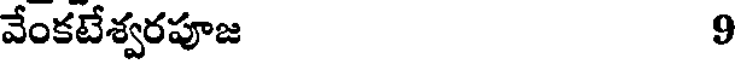
వేంకటేశ్వరపూజ 9